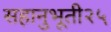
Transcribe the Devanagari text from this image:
सहानुभूती२५